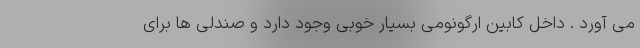
می آورد . داخل کابین ارگونومی بسیار خوبی وجود دارد و صندلی ها برای